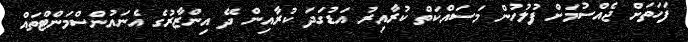
ފަހަތަށް ޖެއްސުމަށް ފުލުހުން މަސައްކަތް ކުރާއިރު އަޑުގަދަ ކުރާއިން ދޭ އިންޒާރުގެ އެނައުންސްމަންޓްތައް